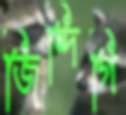
জিন্দিগি